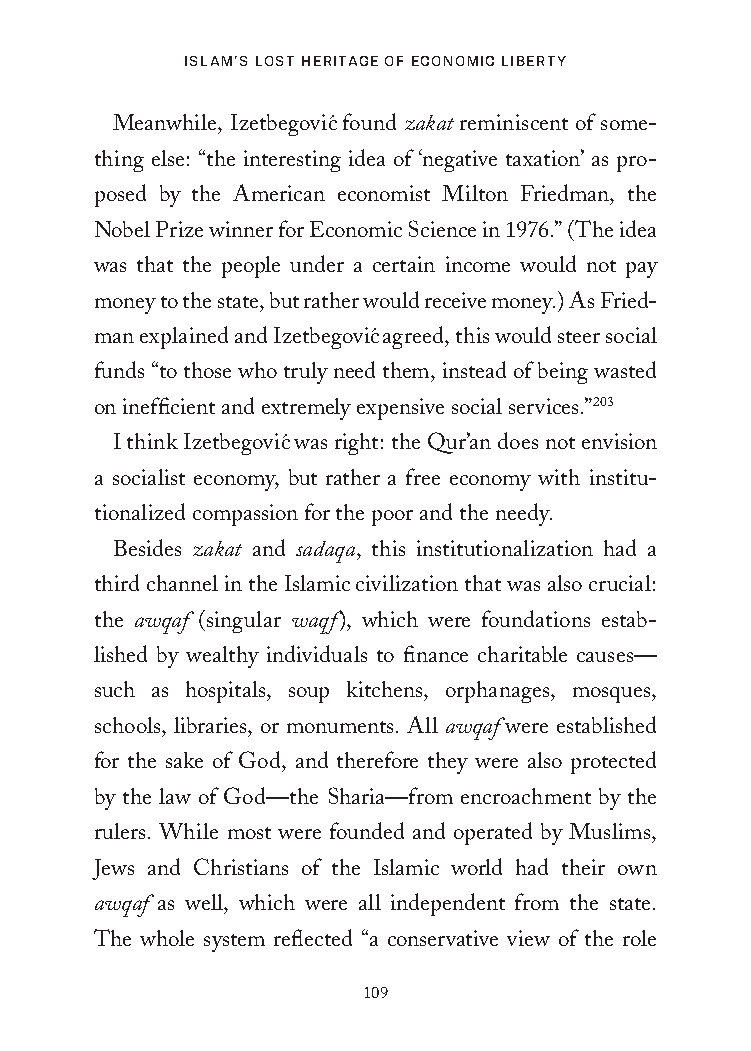
Islam’s lost HerItage of economIc lIberty
 Meanwhile, Izetbegovic´ found zakat reminiscent of some-
 thing else: “the interesting idea of ‘negative taxation’ as pro-
 posed by the American economist Milton Friedman, the
 Nobel Prize winner for Economic Science in 1976.” (The idea
 was that the people under a certain income would not pay
 money to the state, but rather would receive money.) As Fried-
 man explained and Izetbegovic´ agreed, this would steer social
 funds “to those who truly need them, instead of being wasted
 on inefficient and extremely expensive social services.”203
 I think Izetbegovic´ was right: the Qur’an does not envision
 a socialist economy, but rather a free economy with institu-
 tionalized compassion for the poor and the needy.
 Besides zakat and sadaqa, this institutionalization had a
 third channel in the Islamic civilization that was also crucial:
 the awqaf (singular waqf), which were foundations estab-
 lished by wealthy individuals to finance charitable causes—
 such as hospitals, soup kitchens, orphanages, mosques,
 schools, libraries, or monuments. All awqaf were established
 for the sake of God, and therefore they were also protected
 by the law of God—the Sharia—from encroachment by the
 rulers. While most were founded and operated by Muslims,
 Jews and Christians of the Islamic world had their own
 awqaf as well, which were all independent from the state.
 The whole system reflected “a conservative view of the role
 109
 25320_Ch07.indd 109                     24/06/2021 9:26 AM